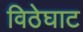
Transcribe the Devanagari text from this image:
विठेघाट